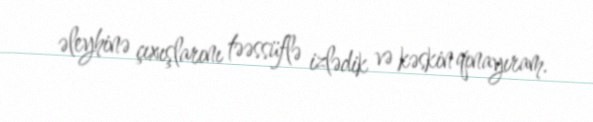
əleyhinə çıxışlarını təəssüflə izlədik və kəskin qınayıram.